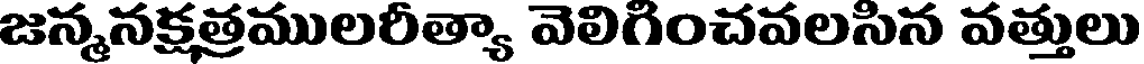
జన్మనక్షత్రములరీత్యా వెలిగించవలసిన వత్తులు